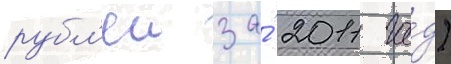
рубл'еи за́ 2011 го́д)